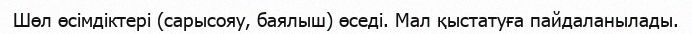
Шөл өсімдіктері (сарысояу, баялыш) өседі. Мал қыстатуға пайдаланылады.